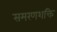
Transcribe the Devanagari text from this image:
समरणशक्ति